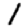
Digit: 1